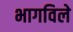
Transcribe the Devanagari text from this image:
भागविले